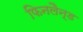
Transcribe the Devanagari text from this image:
फिनलैन्ड